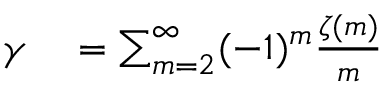
\begin{array} { r l } { \gamma } & { { } = \sum _ { m = 2 } ^ { \infty } ( - 1 ) ^ { m } { \frac { \zeta ( m ) } { m } } } \end{array}